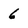
Character: 6